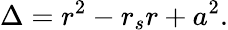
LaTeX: \Delta=r^{2}-r_{s}r+a^{2}.